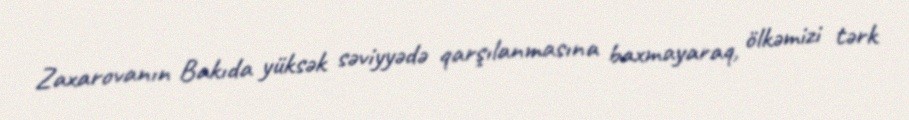
Zaxarovanın Bakıda yüksək səviyyədə qarşılanmasına baxmayaraq, ölkəmizi tərk